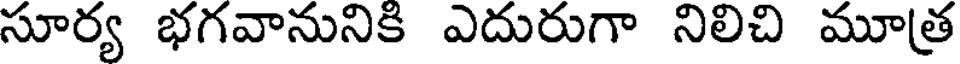
సూర్య భగవానునికి ఎదురుగా నిలిచి మూత్ర